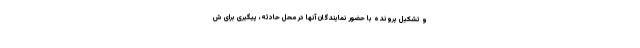
و تشکیل پرونده با حضور نمایندگان آنها در محل حادثه، پیگیری برای ش